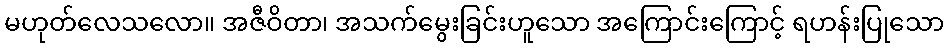
မဟုတ်လေသလော။ အဇီဝိတာ၊ အသက်မွေးခြင်းဟူသော အကြောင်းကြောင့် ရဟန်းပြုသော